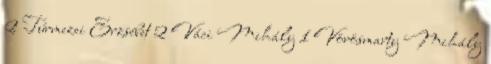
2 Túrmezei Erzsébet 2 Váci Mihály 1 Vörösmarty Mihály